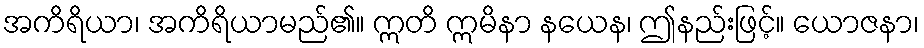
အကိရိယာ၊ အကိရိယာမည်၏။ ဣတိ ဣမိနာ နယေန၊ ဤနည်းဖြင့်။ ယောဇနာ၊